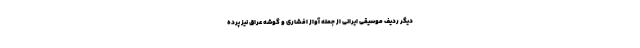
دیگر ردیف موسیقی ایرانی از جمله آواز افشاری و گوشهٔ عراق نیز پرده